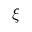
\xi